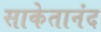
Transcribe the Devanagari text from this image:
साकेतानंद